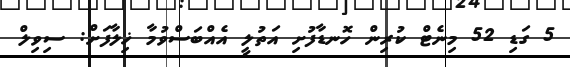
5 ގަޑި 52 މިނެޓް ކުރިން ހޮނޑާފުށި އަތުލީ އެއްބަސްވުމާ ޚިލާފަށް: ސިވިލް